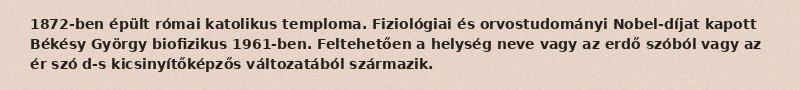
1872-ben épült római katolikus temploma. Fiziológiai és orvostudományi Nobel-díjat kapott Békésy György biofizikus 1961-ben. Feltehetően a helység neve vagy az erdő szóból vagy az ér szó d-s kicsinyítőképzős változatából származik.